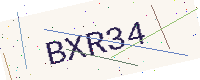
Text: BXR34